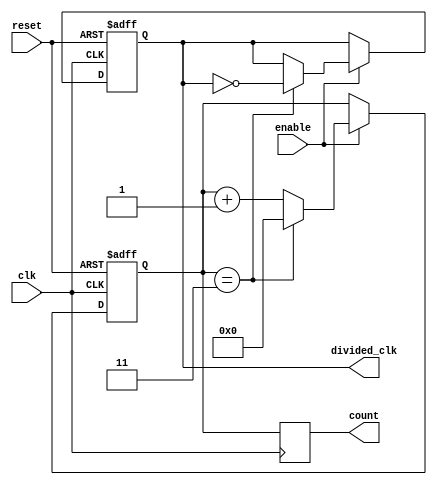
module frequency_divider_counter #(
    parameter DIV_FACTOR = 4 // Default division factor
)(
    input wire clk,          // Input clock signal
    input wire reset,        // Asynchronous reset signal
    input wire enable,       // Control signal to enable counting
    output reg divided_clk,   // Output divided clock signal
    output reg [15:0] count   // Current count value (16 bits to accommodate larger DIV_FACTOR)
);

    // Memory block to store the count
    reg [15:0] count_memory;

    // Always block for counting mechanism
    always @(posedge clk or posedge reset) begin
        if (reset) begin
            count_memory <= 16'b0; // Reset count to 0
            divided_clk <= 1'b0;    // Reset divided clock
        end else if (enable) begin
            // Check if count_memory reached the DIV_FACTOR
            if (count_memory == DIV_FACTOR - 1) begin
                count_memory <= 16'b0;      // Reset count
                divided_clk <= ~divided_clk; // Toggle divided clock
            end else begin
                count_memory <= count_memory + 1; // Increment count
            end
        end
    end

    // Assign the current count to the output
    always @(posedge clk) begin
        count <= count_memory; // Store count in output
    end

endmodule